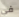
في